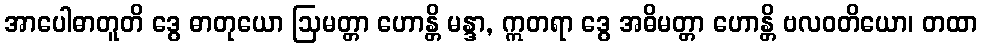
အာပေါဓာတူတိ ဒွေ ဓာတုယော ဩမတ္တာ ဟောန္တိ မန္ဒာ, ဣတရာ ဒွေ အဓိမတ္တာ ဟောန္တိ ဗလဝတိယော၊ တထာ